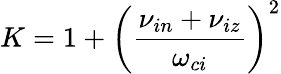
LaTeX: K=1+\left(\displaystyle\frac{\nu_{in}+\nu_{iz}}{\omega_{ci}}\right)^{2}